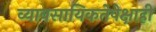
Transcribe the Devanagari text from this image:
व्यावसायिकतेपेक्षाही